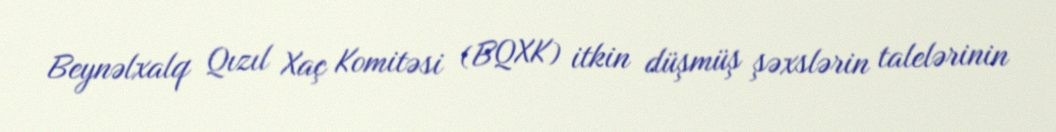
Beynəlxalq Qızıl Xaç Komitəsi (BQXK) itkin düşmüş şəxslərin talelərinin